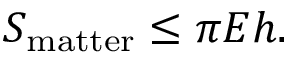
S _ { \mathrm { m a t t e r } } \leq \pi E h .